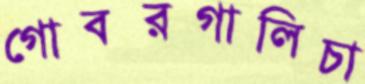
গোবরগালিচা